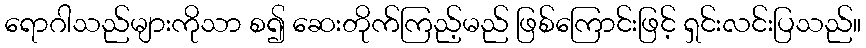
ရောဂါသည်များကိုသာ စ၍ ဆေးတိုက်ကြည့်မည် ဖြစ်ကြောင်းဖြင့် ရှင်းလင်းပြသည်။